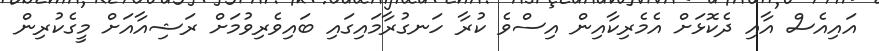
އައިއެސް އާއި ދެކޮޅަށް އެމެރިކާއިން އިސްވެ ކުރާ ހަނގުރާމައިގައި ބައިވެރިވުމަށް ރަޝިއާއަށް މީގެކުރިން